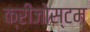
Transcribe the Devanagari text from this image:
क्रीजोस्टम